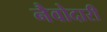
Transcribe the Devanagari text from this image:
नैवोदारी